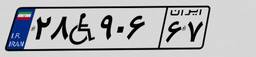
۲۸W۹۰۶۶۷